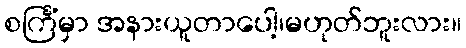
စင်္ကြံမှာ အနားယူတာပေါ့၊မဟုတ်ဘူးလား။